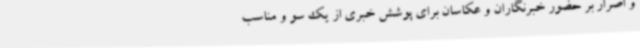
و اصرار بر حضور خبرنگاران و عکاسان برای پوشش خبری از یک سو و مناسب